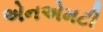
એનએમટી